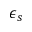
\epsilon _ { s }